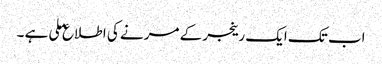
اب تک ایک رینجر کے مرنے کی اطلاع ملی ہے ۔